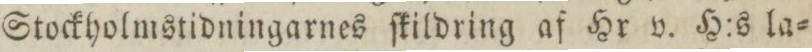
Stockholmstidningarnes ſkildring af Hr v. H:s la=